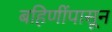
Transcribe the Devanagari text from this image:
बहिणींपासून